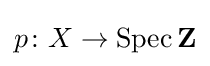
p\colon X\to \operatorname {Spec} \mathbf {Z}